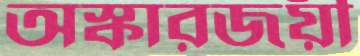
অস্কারজয়ী